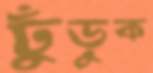
ঢুঁড়ুক